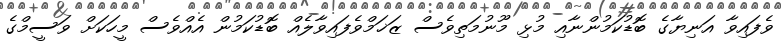
ވެފައިވާ އަނިޔާގެ ބޮޑުކަމުންނާއި މުޅި މޫނުމަތިވެސް ޒަޚަމްވެފައިވާލެއް ބޮޑުކަމުން އެއްވެސް މީހަކަށް ވަސީމްގެ